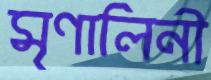
মৃণালিনী